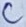
Text: C